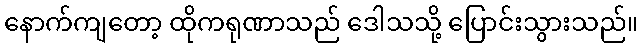
နောက်ကျတော့ ထိုကရုဏာသည် ဒေါသသို့ ပြောင်းသွားသည်။